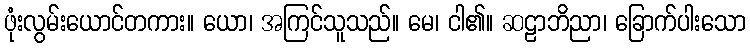
ဖုံးလွမ်းယောင်တကား။ ယော၊ အကြင်သူသည်။ မေ၊ ငါ၏။ ဆဠာဘိညာ၊ ခြောက်ပါးသော